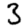
Digit: 3